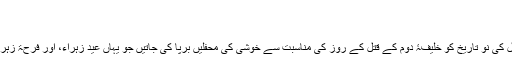
[10]
عید زہرا
ایران و عراق میں ربیع الاول کی نو تاریخ کو خلیفۂ دوم کے قتل کے روز کی مناسبت سے خوشی کی محفلیں برپا کی جاتیں جو یہاں عید زہراء، اور فرحۃ زہراء کے نام سے معروف ہیں۔